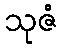
သုဇံ